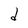
Character: d